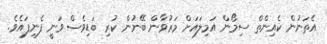
އެތަނުން ކެއިންތް ސިމޯން އަމިލައަށް މަރުވާން ބޭނުން ކުރި ބަޑިވެސް ވަނީ ފެނިފައެވެ.